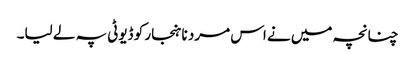
چنانچہ میں نے اس مرد نا ہنجار کو ڈیوٹی پہ لے لیا۔